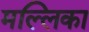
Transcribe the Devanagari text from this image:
मल्‍लिका